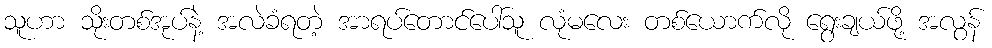
သူဟာ သိုးတစ်အုပ်နဲ့ အလဲခံရတဲ့ အာရပ်တောင်ပေါ်သူ လုံမလေး တစ်ယောက်လို ရွေးချယ်ဖို့ အလွန်